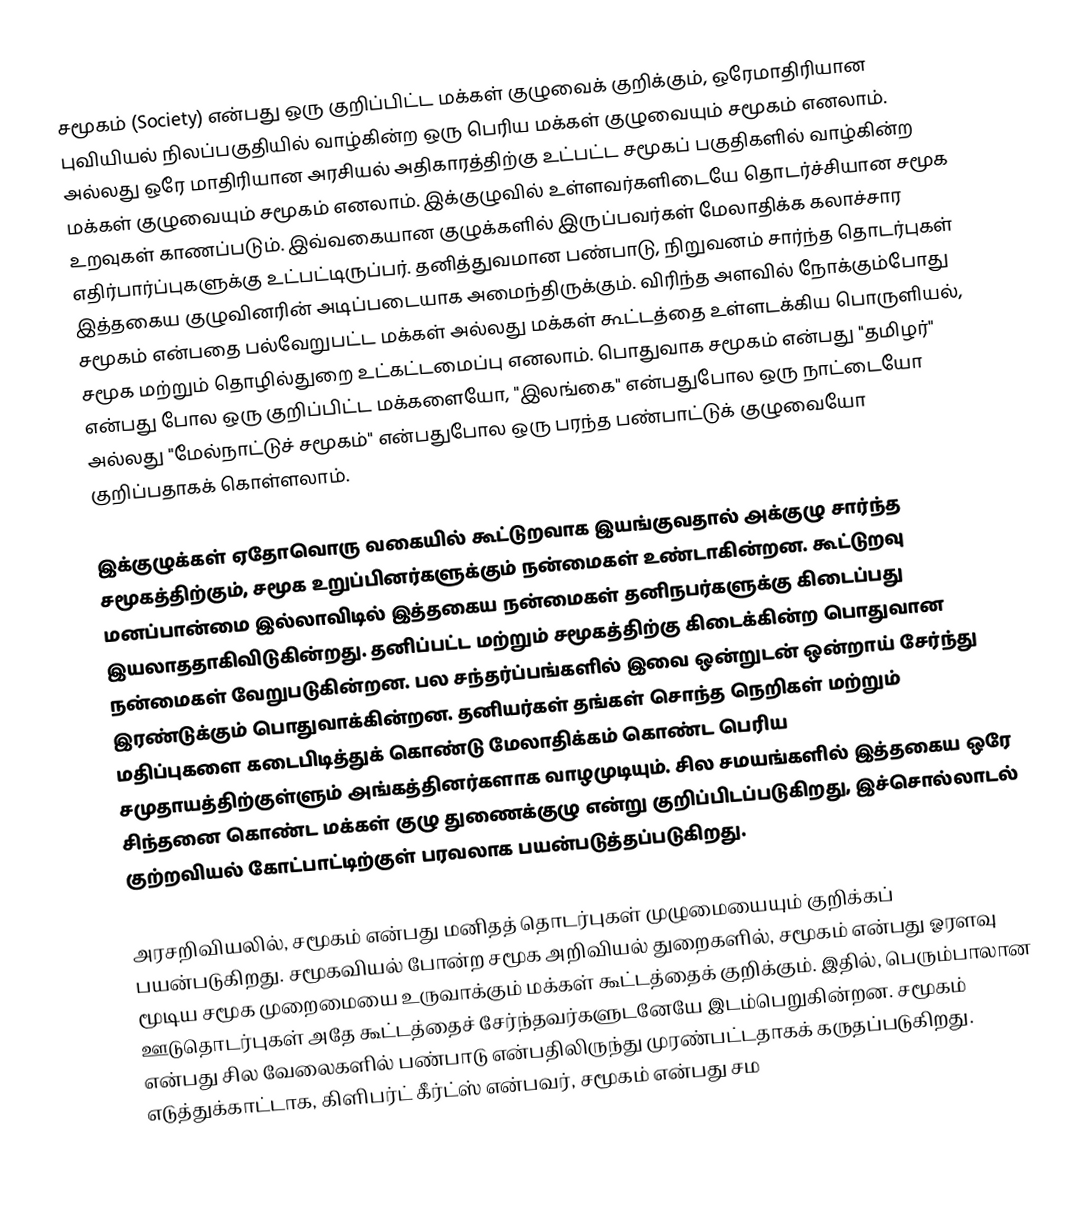
சமூகம் (Society) என்பது ஒரு குறிப்பிட்ட மக்கள் குழுவைக் குறிக்கும், ஒரேமாதிரியான புவியியல் நிலப்பகுதியில் வாழ்கின்ற ஒரு பெரிய மக்கள் குழுவையும் சமூகம் எனலாம். அல்லது ஒரே மாதிரியான அரசியல் அதிகாரத்திற்கு உட்பட்ட சமூகப் பகுதிகளில் வாழ்கின்ற மக்கள் குழுவையும் சமூகம் எனலாம். இக்குழுவில் உள்ளவர்களிடையே தொடர்ச்சியான சமூக உறவுகள் காணப்படும். இவ்வகையான குழுக்களில் இருப்பவர்கள் மேலாதிக்க கலாச்சார எதிர்பார்ப்புகளுக்கு உட்பட்டிருப்பர். தனித்துவமான பண்பாடு, நிறுவனம் சார்ந்த  தொடர்புகள் இத்தகைய குழுவினரின் அடிப்படையாக அமைந்திருக்கும். விரிந்த அளவில் நோக்கும்போது சமூகம் என்பதை பல்வேறுபட்ட மக்கள் அல்லது மக்கள் கூட்டத்தை உள்ளடக்கிய பொருளியல், சமூக மற்றும் தொழில்துறை உட்கட்டமைப்பு எனலாம். பொதுவாக சமூகம் என்பது "தமிழர்" என்பது போல ஒரு குறிப்பிட்ட மக்களையோ, "இலங்கை" என்பதுபோல ஒரு நாட்டையோ அல்லது "மேல்நாட்டுச் சமூகம்" என்பதுபோல ஒரு பரந்த பண்பாட்டுக் குழுவையோ குறிப்பதாகக் கொள்ளலாம்.

இக்குழுக்கள் ஏதோவொரு வகையில் கூட்டுறவாக இயங்குவதால் அக்குழு சார்ந்த சமூகத்திற்கும், சமூக உறுப்பினர்களுக்கும் நன்மைகள் உண்டாகின்றன. கூட்டுறவு மனப்பான்மை இல்லாவிடில் இத்தகைய நன்மைகள் தனிநபர்களுக்கு கிடைப்பது இயலாததாகிவிடுகின்றது. தனிப்பட்ட மற்றும் சமூகத்திற்கு கிடைக்கின்ற பொதுவான நன்மைகள் வேறுபடுகின்றன. பல சந்தர்ப்பங்களில் இவை ஒன்றுடன் ஒன்றாய் சேர்ந்து இரண்டுக்கும் பொதுவாக்கின்றன. தனியர்கள் தங்கள் சொந்த நெறிகள் மற்றும் மதிப்புகளை கடைபிடித்துக் கொண்டு மேலாதிக்கம் கொண்ட பெரிய சமுதாயத்திற்குள்ளும் அங்கத்தினர்களாக வாழமுடியும். சில சமயங்களில் இத்தகைய ஒரே சிந்தனை கொண்ட மக்கள் குழு துணைக்குழு என்று குறிப்பிடப்படுகிறது, இச்சொல்லாடல் குற்றவியல் கோட்பாட்டிற்குள் பரவலாக பயன்படுத்தப்படுகிறது.

அரசறிவியலில், சமூகம் என்பது மனிதத் தொடர்புகள் முழுமையையும் குறிக்கப் பயன்படுகிறது. சமூகவியல் போன்ற சமூக அறிவியல் துறைகளில், சமூகம் என்பது ஓரளவு மூடிய சமூக முறைமையை உருவாக்கும் மக்கள் கூட்டத்தைக் குறிக்கும். இதில், பெரும்பாலான ஊடுதொடர்புகள் அதே கூட்டத்தைச் சேர்ந்தவர்களுடனேயே இடம்பெறுகின்றன. சமூகம் என்பது சில வேலைகளில் பண்பாடு என்பதிலிருந்து முரண்பட்டதாகக் கருதப்படுகிறது. எடுத்துக்காட்டாக, கிளிபர்ட் கீர்ட்ஸ் என்பவர், சமூகம் என்பது சம